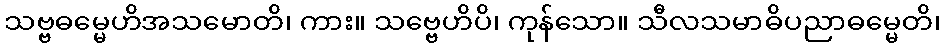
သဗ္ဗဓမ္မေဟိအသမောတိ၊ ကား။ သဗ္ဗေဟိပိ၊ ကုန်သော။ သီလသမာဓိပညာဓမ္မေတိ၊